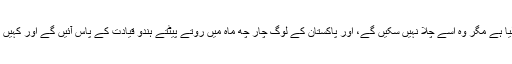
ان کا خیال تھا کہ قائداعظم نے پاکستان بنا تو لیا ہے مگر وہ اسے چلا نہیں سکیں گے، اور پاکستان کے لوگ چار چھ ماہ میں روتے پیٹتے ہندو قیادت کے پاس آئیں گے اور کہیں گے کہ ہمیں دوبارہ ہندوستان میں شامل کرلیں۔